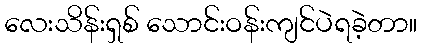
လေးသိန်းရှစ် သောင်းဝန်းကျင်ပဲရခဲ့တာ။